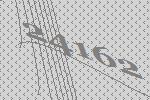
24162